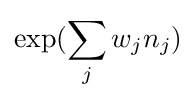
\exp(\sum _{j}w_{j}n_{j})